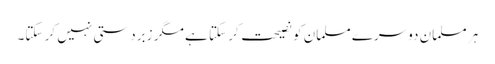
ہر مسلمان دوسرے مسلمان کو نصیحت کر سکتا ہے مگر زبردستی نہیں کر سکتا۔